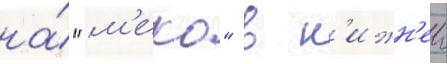
на́ "м'еко" в н'ижн'еи